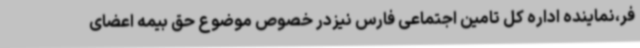
فر،نماینده اداره کل تامین اجتماعی فارس نیزدر خصوص موضوع حق بیمه اعضای